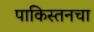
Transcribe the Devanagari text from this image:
पाकिस्तनचा